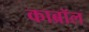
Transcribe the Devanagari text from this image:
काब्रॉल